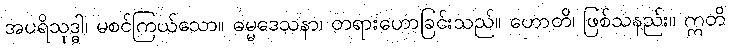
အပရိသုဒ္ဓါ၊ မစင်ကြယ်သော။ ဓမ္မဒေသနာ၊ တရားဟောခြင်းသည်။ ဟောတိ၊ ဖြစ်သနည်း။ ဣတိ